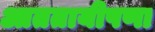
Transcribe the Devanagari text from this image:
आततायीपणा